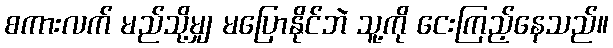
စကားလက် မည်သို့မျှ မပြောနိုင်ဘဲ သူ့ကို ငေးကြည့်နေသည်။